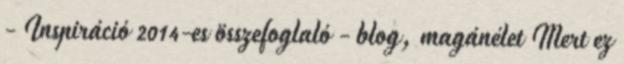
- Inspiráció 2014-es összefoglaló - blog, magánélet Mert ez